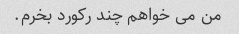
من می خواهم چند رکورد بخرم.